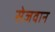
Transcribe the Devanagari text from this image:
सेजवान